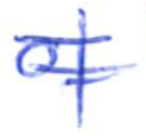
Text: of
Cross-out: double-line
Writing tool: ballpoint